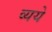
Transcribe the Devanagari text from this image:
व्यये